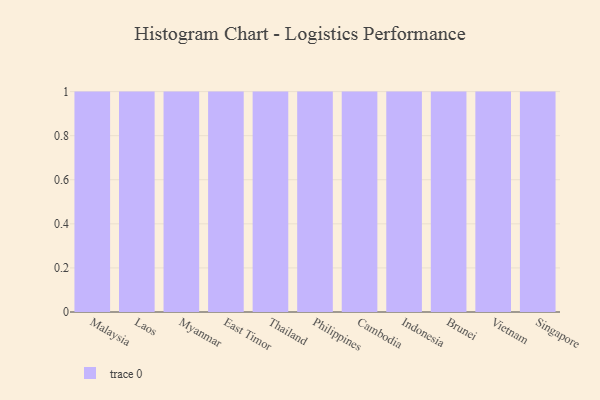
{"axis": {"x": "Country", "y": "Demand Index"}, "legend": [""], "data": [{"x": "Malaysia", "y": 44, "type": ""}, {"x": "Laos", "y": 75, "type": ""}, {"x": "Myanmar", "y": 90, "type": ""}, {"x": "East Timor", "y": 16, "type": ""}, {"x": "Thailand", "y": 93, "type": ""}, {"x": "Philippines", "y": 94, "type": ""}, {"x": "Cambodia", "y": 60, "type": ""}, {"x": "Indonesia", "y": 26, "type": ""}, {"x": "Brunei", "y": 98, "type": ""}, {"x": "Vietnam", "y": 100, "type": ""}, {"x": "Singapore", "y": 51, "type": ""}]}